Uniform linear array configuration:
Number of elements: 8
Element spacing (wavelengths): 1
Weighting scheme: cosine
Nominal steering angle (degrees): -45
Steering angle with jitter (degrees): -46.336
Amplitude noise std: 0.05
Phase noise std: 0.05

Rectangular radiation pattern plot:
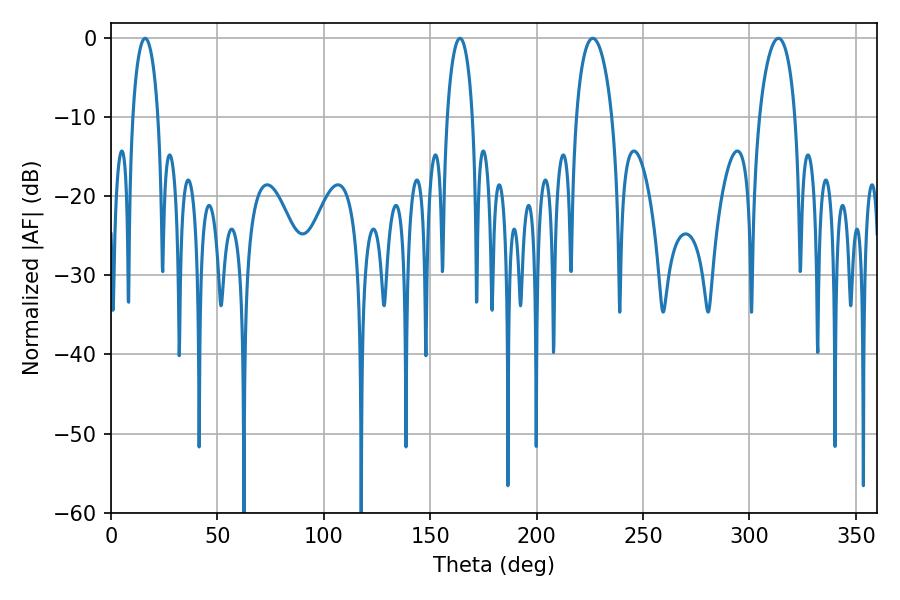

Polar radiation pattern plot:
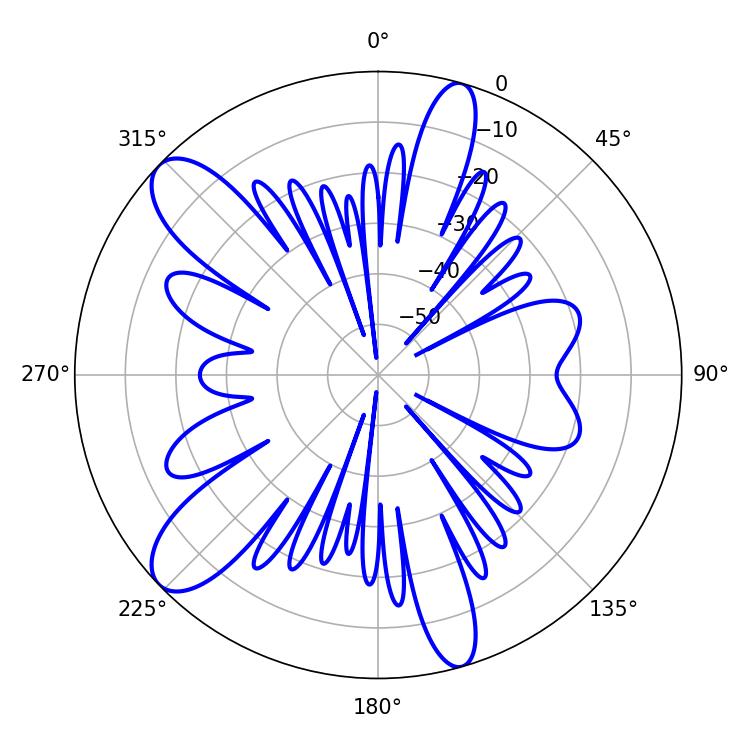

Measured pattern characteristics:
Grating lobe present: TRUE
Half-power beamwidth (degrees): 6.84
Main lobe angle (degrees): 16.02